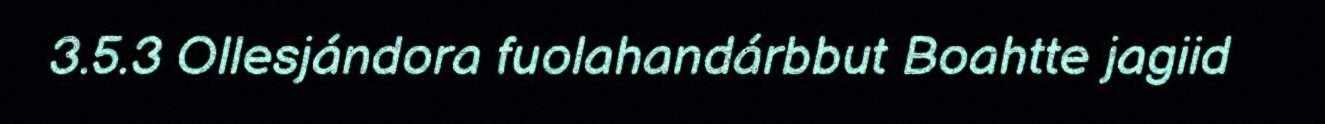
3.5.3 Ollesjándora fuolahandárbbut Boahtte jagiid